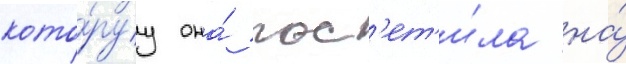
кото́руу она́ пос'ет'и́ла на́